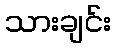
သားချင်း